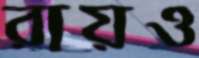
রায়ও